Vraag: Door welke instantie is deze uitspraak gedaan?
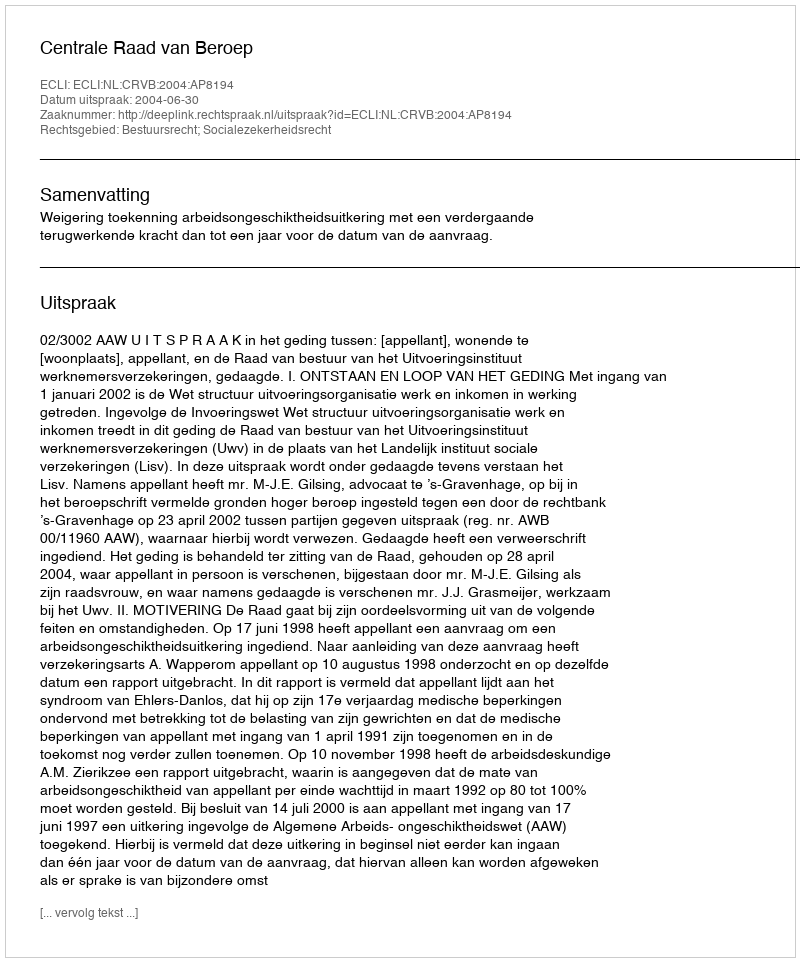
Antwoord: Centrale Raad van Beroep